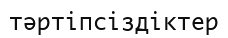
тәртіпсіздіктер